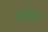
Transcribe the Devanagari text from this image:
स्तेफेन